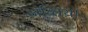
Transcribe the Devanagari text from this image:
ज़ब्तियों